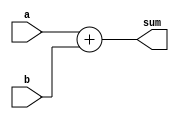

module adder8bit(

    input [7:0] a,
    input [7:0] b,
    output [8:0] sum
    );
	
	assign sum = a + b;

endmodule